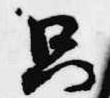
只